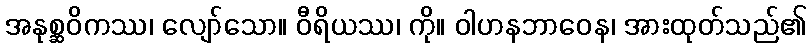
အနုစ္ဆဝိကဿ၊ လျော်သော။ ဝီရိယဿ၊ ကို။ ဝါဟနဘာဝေန၊ အားထုတ်သည်၏